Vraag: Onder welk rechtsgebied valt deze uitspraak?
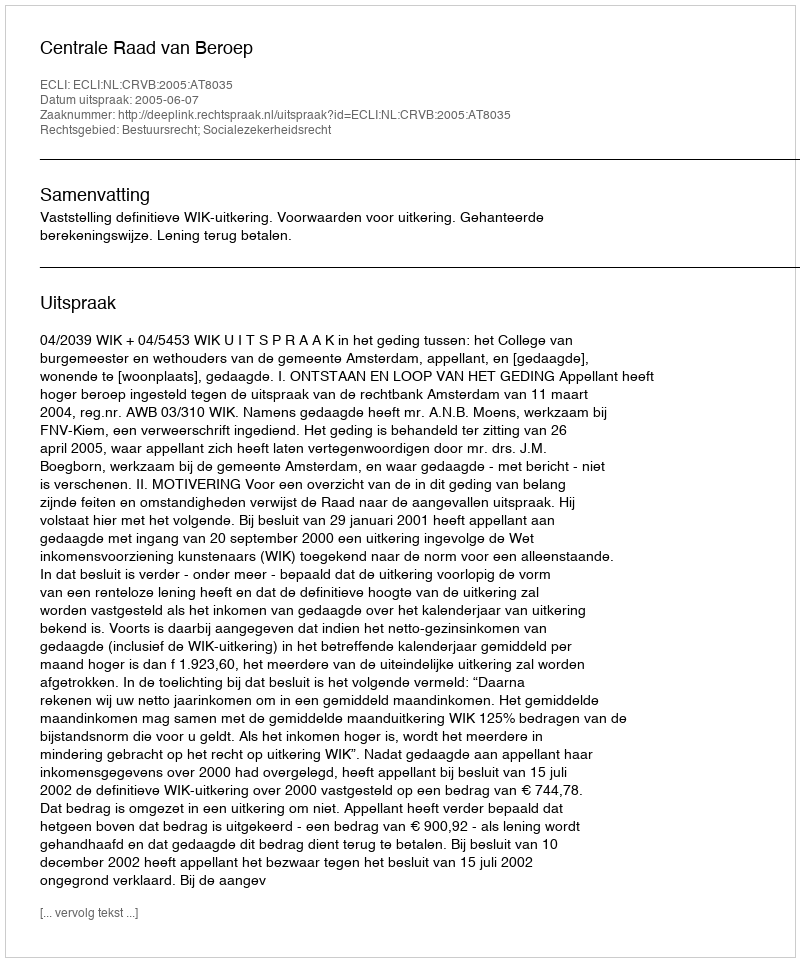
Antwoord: Bestuursrecht; Socialezekerheidsrecht